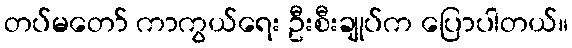
တပ်မတော် ကာကွယ်ရေး ဦးစီးချုပ်က ပြောပါတယ်။